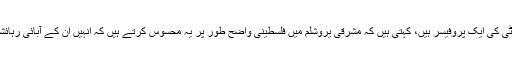
جرمنی کی ایک معروف خاتون ماہر سیاسیات ہیلگا باؤم گارٹن، جو غزہ یونیورسٹی کی ایک پروفیسر ہیں، کہتی ہیں کہ مشرقی یروشلم میں فلسطینی واضح طور پر یہ محسوس کرتے ہیں کہ انہیں ان کے آبائی رہائشی علاقے میں باقاعدہ منصوبہ بندی کے تحت ایک کونے میں دھکیلا جا رہا ہے۔